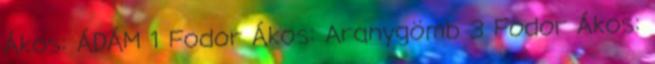
Ákos: ÁDÁM 1 Fodor Ákos: Aranygömb 3 Fodor Ákos: